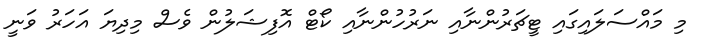
މި މައްސަލައިގައި ޓީޗަރުންނާއި ނަރުހުންނާއި ކޯޓް އޮފިޝަލުން ވެސް މިދިޔަ އަހަރު ވަނީ